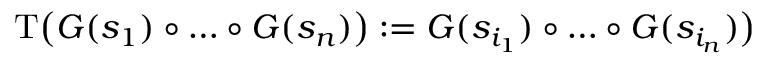
\mathrm { T } \bigl ( G ( s _ { 1 } ) \circ \dots \circ G ( s _ { n } ) \bigr ) : = G ( s _ { i _ { 1 } } ) \circ \dots \circ G ( s _ { i _ { n } } ) \bigr )